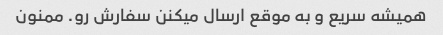
همیشه سریع و به موقع ارسال میکنن سفارش رو. ممنون